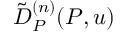
\tilde { D } _ { P } ^ { ( n ) } ( P , u )